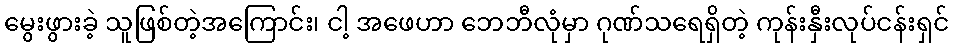
မွေးဖွားခဲ့ သူဖြစ်တဲ့အကြောင်း၊ ငါ့ အဖေဟာ ဘေဘီလုံမှာ ဂုဏ်သရေရှိတဲ့ ကုန်းနှီးလုပ်ငန်းရှင်